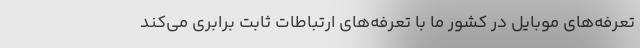
تعرفه‌های موبایل در کشور ما با تعرفه‌های ارتباطات ثابت برابری می‌کند